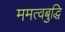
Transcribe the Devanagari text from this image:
ममत्वबुद्धि